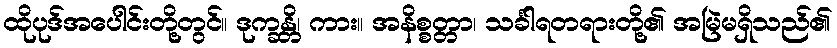
ထိုပုဒ်အပေါင်းတို့တွင်။ ဒုက္ခန္တိ၊ ကား။ အနိစ္စတ္တာ၊ သင်္ခါရတရားတို့၏ အမြဲမရှိသည်၏